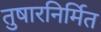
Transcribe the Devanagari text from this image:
तुषारनिर्मित